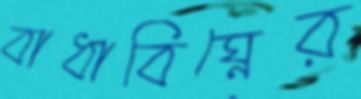
বাধাবিঘ্নের